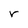
Character: r